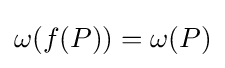
\omega (f(P))=\omega (P)